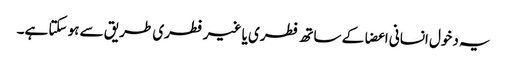
یہ دخول انسانی اعضا کے ساتھ فطری یا غیر فطری طریق سے ہو سکتا ہے۔